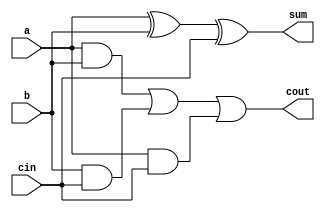
module full_add4(a,b,cin,sum,cout);
input a,b,cin;
output sum,cout;
reg sum,cout;
reg m1,m2,m3;

always @(a or b or cin)
begin
sum = (a ^ b) ^ cin;
m1 = a & b;
m2 = b & cin;
m3 = a & cin;
cout = (m1|m2)|m3;
end
endmodule